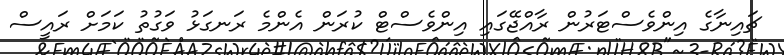
ޗައިނާގެ އިންވެސްޓަރުން ރާއްޖޭގައި އިންވެސްޓް ކުރަން އެންމެ ރަނގަޅު ވަގުތު ކަމަށް ރައީސް